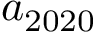
a _ { 2 0 2 0 }